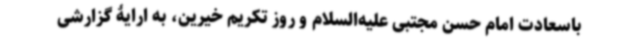
باسعادت امام حسن مجتبی علیه‌السلام و روز تکریم خیرین، به ارایۀ گزارشی